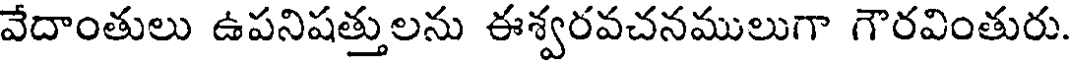
వేదాంతులు ఉపనిషత్తులను ఈశ్వరవచనములుగా గౌరవింతురు.